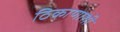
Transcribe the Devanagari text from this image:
ठिकाणाशी